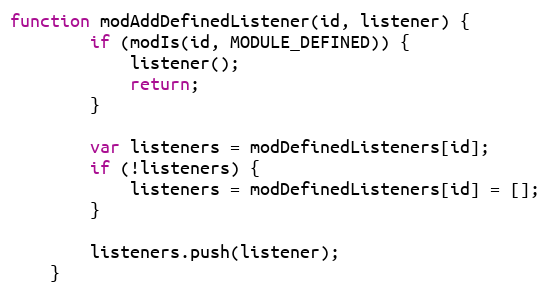
Language: JavaScript
function modAddDefinedListener(id, listener) {
        if (modIs(id, MODULE_DEFINED)) {
            listener();
            return;
        }

        var listeners = modDefinedListeners[id];
        if (!listeners) {
            listeners = modDefinedListeners[id] = [];
        }

        listeners.push(listener);
    }